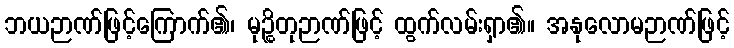
ဘယဉာဏ်ဖြင့်ကြောက်၏၊ မုဉ္စိတုဉာဏ်ဖြင့် ထွက်လမ်းရှာ၏။ အနုလောမဉာဏ်ဖြင့်